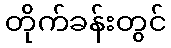
တိုက်ခန်းတွင်